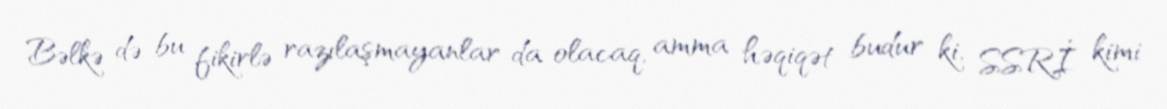
Bəlkə də bu fikirlə razılaşmayanlar da olacaq, amma həqiqət budur ki, SSRİ kimi